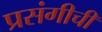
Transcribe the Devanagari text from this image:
प्रसंगीची